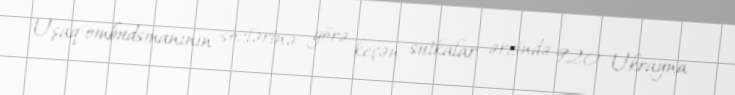
Uşaq ombudsmanının sözlərinə görə keçən sutkalar ərzində 920 Ukrayna